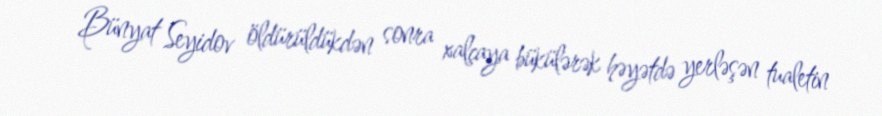
Bünyat Seyidov öldürüldükdən sonra xalçaya bükülərək həyətdə yerləşən tualetin